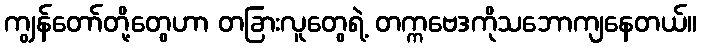
ကျွန်တော်တို့တွေဟာ တခြားလူတွေရဲ့ တက္ကဗေဒကိုသဘောကျနေတယ်။